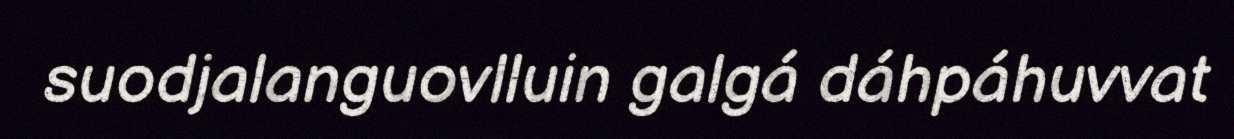
suodjalanguovlluin galgá dáhpáhuvvat